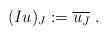
LaTeX: \begin{align*} (Iu)_{J}:=\overline{u_{\bar J}}\ . \end{align*}